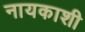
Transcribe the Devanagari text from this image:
नायकाशी